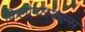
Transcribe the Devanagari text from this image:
किलोपास्कल्स